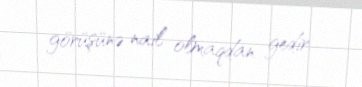
görüşünə nail olmaqdan gedir.